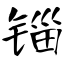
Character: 锱